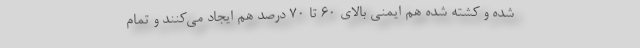
شده و کشته شده هم ایمنی بالای ۶۰ تا ۷۰ درصد هم ایجاد می‌کنند و تمام